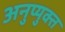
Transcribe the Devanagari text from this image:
अनुप्युक्त